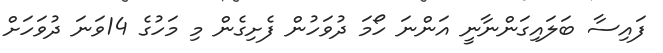
ފައިސާ ބަލައިގަންނާނީ އަންނަ ހޯމަ ދުވަހުން ފެށިގެން މި މަހުގެ 14ވަނަ ދުވަހަށް